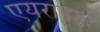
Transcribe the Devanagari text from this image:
एयराइडर